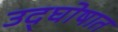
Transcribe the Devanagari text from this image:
उद्‌घोषात